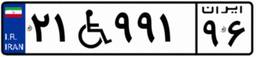
۲۱W۹۹۱۹۶